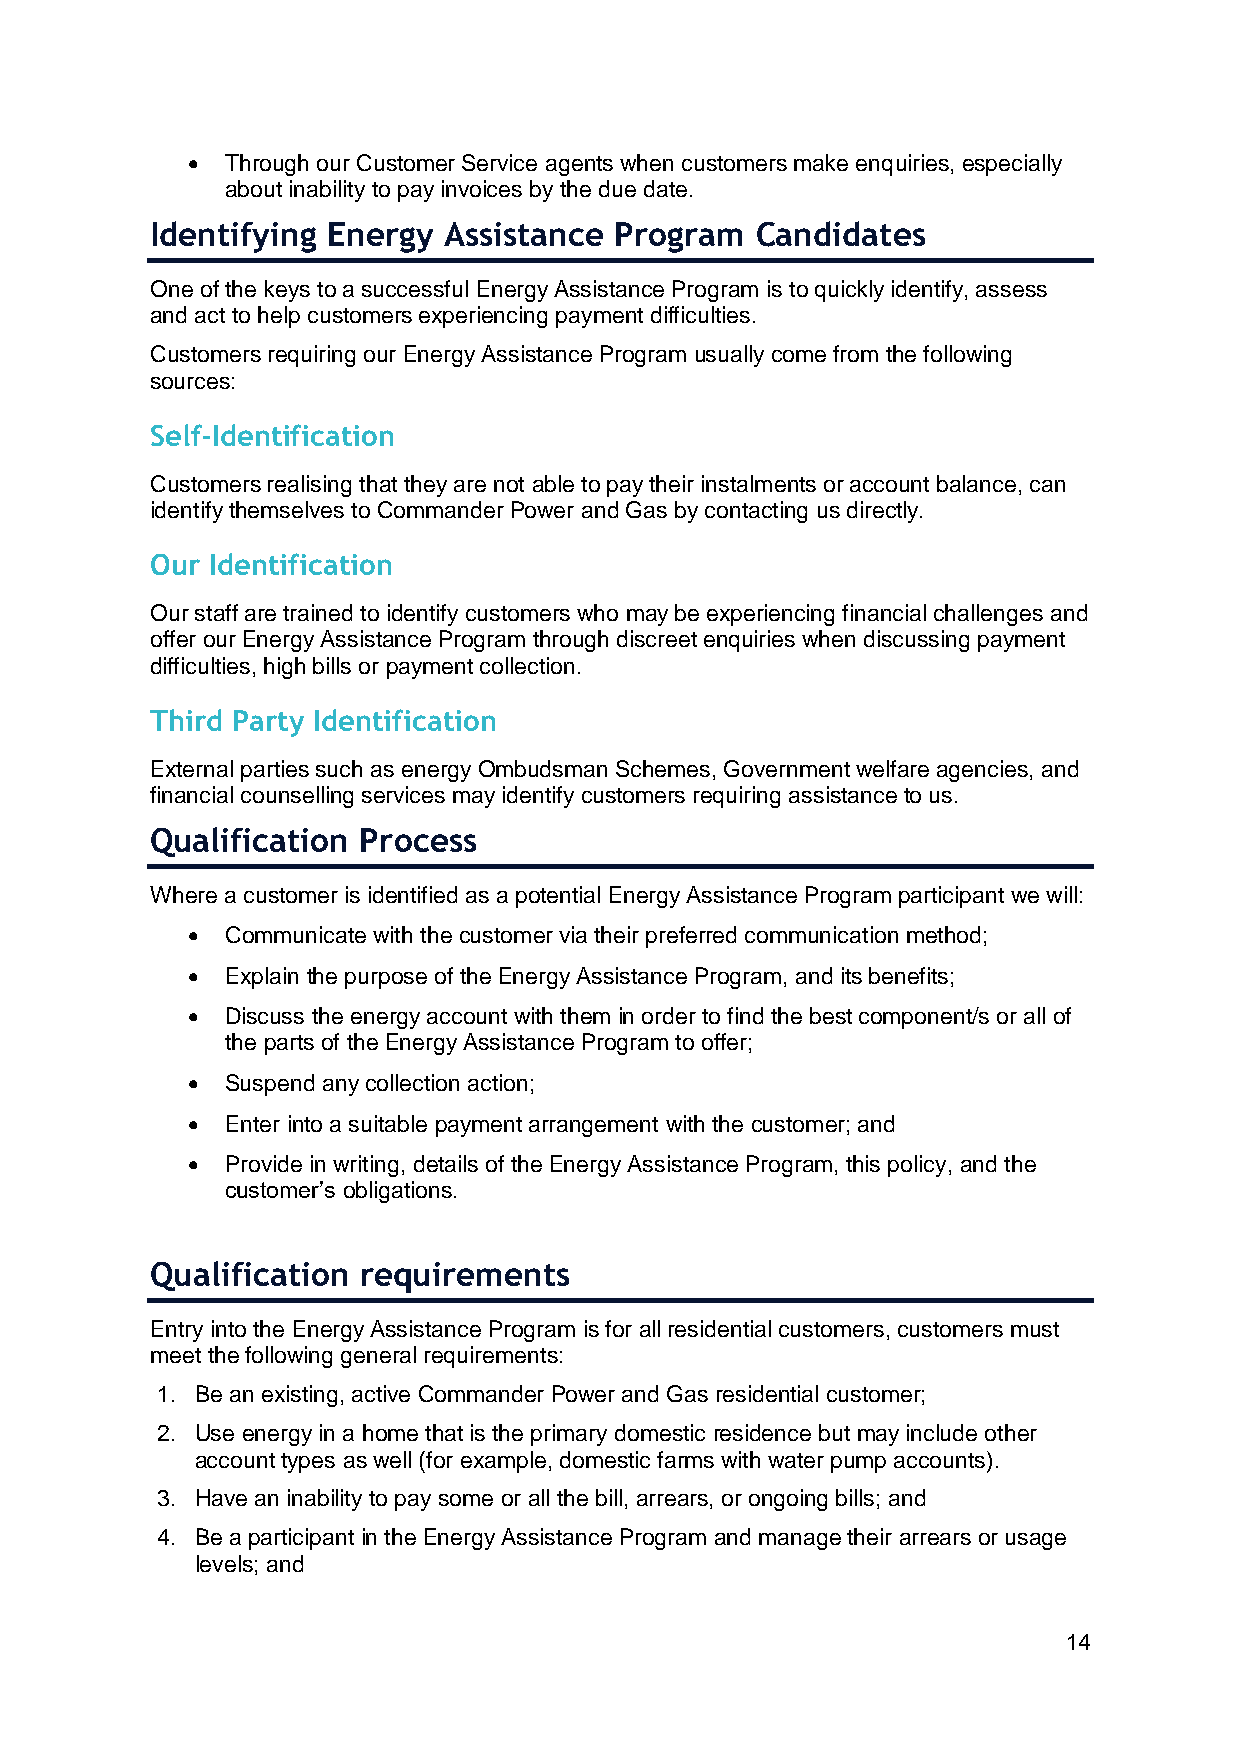
•  Through our Customer Service agents when customers make enquiries, especially
 about inability to pay invoices by the due date.
 Identifying Energy Assistance  Program  Candidates
 One of the keys to a successful Energy Assistance Program is to quickly identify, assess
 and act to help customers experiencing payment difficulties.
 Customers requiring our Energy Assistance Program usually come from the following
 sources:
 Self-Identification
 Customers realising that they are not able to pay their instalments or account balance, can
 identify themselves to Commander Power and Gas by contacting us directly.
 Our Identification
 Our staff are trained to identify customers who may be experiencing financial challenges and
 offer our Energy Assistance Program through discreet enquiries when discussing payment
 difficulties, high bills or payment collection.
 Third Party Identification
 External parties such as energy Ombudsman Schemes, Government welfare agencies, and
 financial counselling services may identify customers requiring assistance to us.
 Qualification Process
 Where a customer is identified as a potential Energy Assistance Program participant we will:
 •  Communicate with the customer via their preferred communication method;
 •  Explain the purpose of the Energy Assistance Program, and its benefits;
 •  Discuss the energy account with them in order to find the best component/s or all of
 the parts of the Energy Assistance Program to offer;
 •  Suspend any collection action;
 •  Enter into a suitable payment arrangement with the customer; and
 •  Provide in writing, details of the Energy Assistance Program, this policy, and the
 customer’s obligations.
 Qualification requirements
 Entry into the Energy Assistance Program is for all residential customers, customers must
 meet the following general requirements:
 1. Be an existing, active Commander Power and Gas residential customer;
 2. Use energy in a home that is the primary domestic residence but may include other
 account types as well (for example, domestic farms with water pump accounts).
 3. Have an inability to pay some or all the bill, arrears, or ongoing bills; and
 4. Be a participant in the Energy Assistance Program and manage their arrears or usage
 levels; and
 14